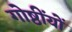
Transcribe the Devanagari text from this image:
गोष्ठींयों